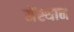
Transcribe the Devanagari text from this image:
मेंस्थान